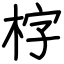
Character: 𣑑